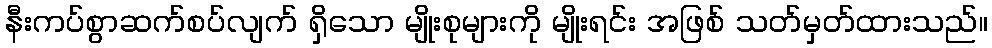
နီးကပ်စွာဆက်စပ်လျက် ရှိသော မျိုးစုများကို မျိုးရင်း အဖြစ် သတ်မှတ်ထားသည်။